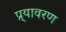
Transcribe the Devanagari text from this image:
प्र्यावरण